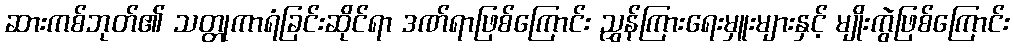
ဆားကစ်ဘုတ်၏ သတ္တုကာရံခြင်းဆိုင်ရာ ဒဏ်ရာဖြစ်ကြောင်း ညွှန်ကြားရေးမှူးများနှင့် မျိုးကွဲဖြစ်ကြောင်း